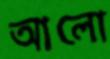
আলো